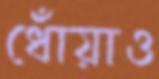
ধোঁয়াও